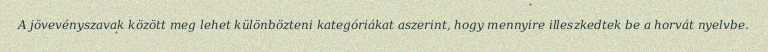
A jövevényszavak között meg lehet különbözteni kategóriákat aszerint, hogy mennyire illeszkedtek be a horvát nyelvbe.